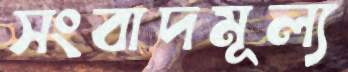
সংবাদমূল্য